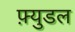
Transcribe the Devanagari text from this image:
फ़्युडल